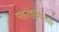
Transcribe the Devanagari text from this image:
पाइरोलिगनस